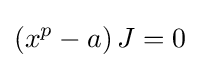
\left(x^{p}-a\right)J=0